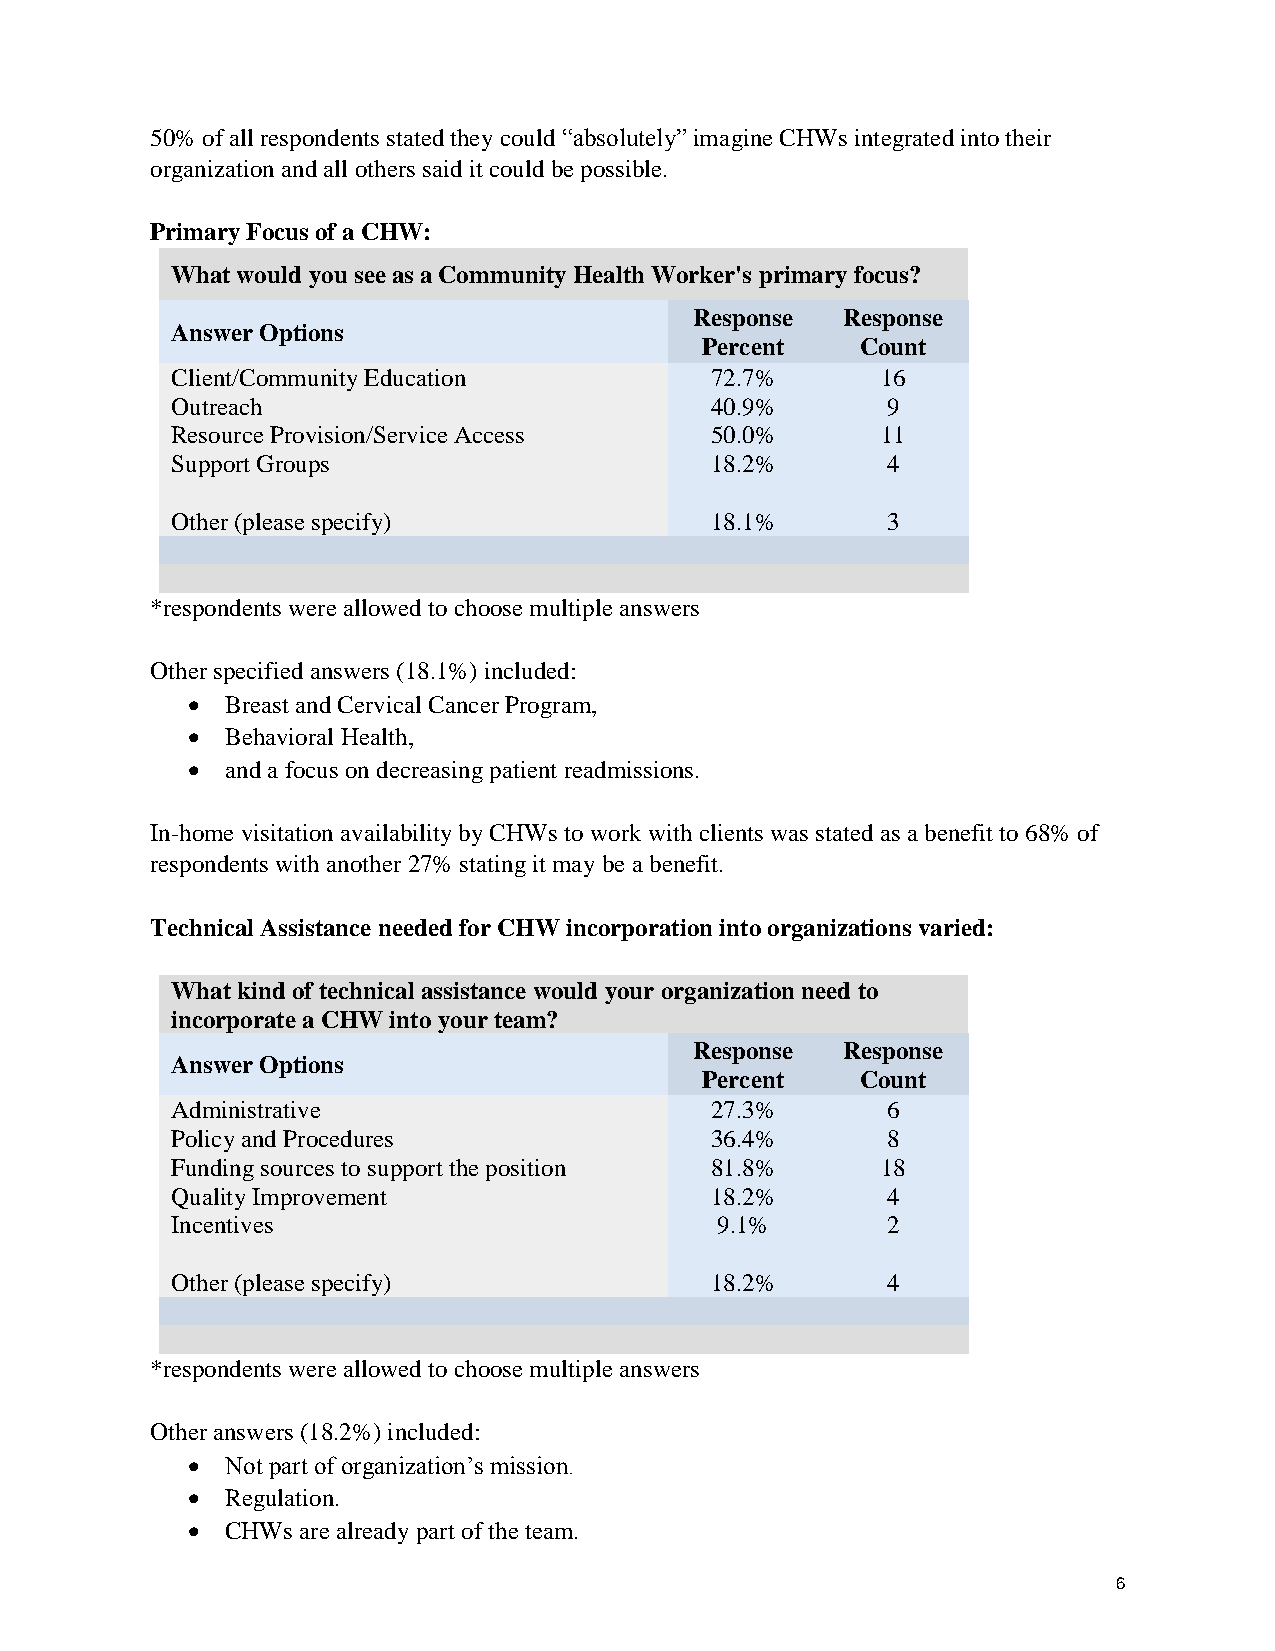
50% of all respondents stated they could “absolutely” imagine CHWs integrated into their
 organization and all others said it could be possible.
 Primary Focus of a CHW:
 What would you see as a Community Health Worker's primary focus?
 Response  Response
 Answer Options
 Percent    Count
 Client/Community Education          72.7%      16
 Outreach                            40.9%       9
 Resource Provision/Service Access   50.0%      11
 Support Groups                      18.2%       4
 Other (please specify)              18.1%       3
 *respondents were allowed to choose multiple answers
 Other specified answers (18.1%) included:
 •  Breast and Cervical Cancer Program,
 •  Behavioral Health,
 •  and a focus on decreasing patient readmissions.
 In-home visitation availability by CHWs to work with clients was stated as a benefit to 68% of
 respondents with another 27% stating it may be a benefit.
 Technical Assistance needed for CHW incorporation into organizations varied:
 What kind of technical assistance would your organization need to
 incorporate a CHW into your team?
 Response  Response
 Answer Options
 Percent    Count
 Administrative                      27.3%       6
 Policy and Procedures               36.4%       8
 Funding sources to support the position 81.8%  18
 Quality Improvement                 18.2%       4
 Incentives                          9.1%        2
 Other (please specify)              18.2%       4
 *respondents were allowed to choose multiple answers
 Other answers (18.2%) included:
 •  Not part of organization’s mission.
 •  Regulation.
 •  CHWs are already part of the team.
 6